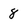
Character: 8